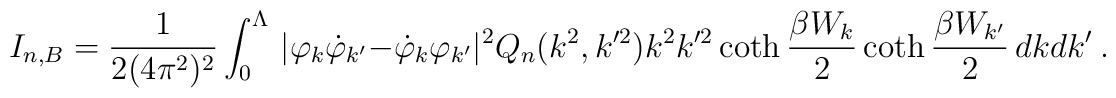
I_{n,B}=\frac1{2(4\pi^2)^2}\int_0^\Lambda\,        |\varphi_k\dot\varphi_{k'}-\dot\varphi_k\varphi_{k'}|^2                Q_n(k^2,k'^2)k^2k'^2                \coth\frac{\beta W_k}2                \coth\frac{\beta W_{k'}}2\, dkdk'\ .